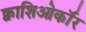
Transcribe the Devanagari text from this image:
क्वाशिओर्कॉर